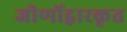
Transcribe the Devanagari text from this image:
जीर्णोद्वारकृत